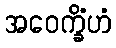
အဝေက္ခိံဟံ